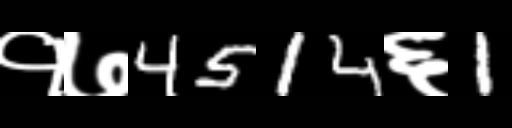
Text: १७4514६1